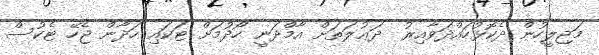
މަޖިލީހުން ދެކޮޅުހައްދަވާއިރު  ދަޢުލަތަށް އާމްދަނީ ހޯދުމަށް ޓަކައި ހަދާން ޖެހޭ ޓެކުސް